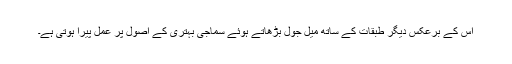
اس کے برعکس دیگر طبقات کے ساتھ میل جول بڑھاتے ہوئے سماجی بہتری کے اصول پر عمل پیرا ہوتی ہے۔